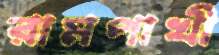
রামপাখী